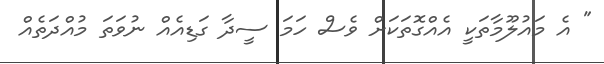
" އެ މައުލޫމާތަކީ އެއްގޮތަކަށް ވެސް ހަމަ ސީދާ ގަޑިއެއް ނުވަތަ މުއްދަތެއް